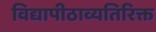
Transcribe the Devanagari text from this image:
विद्यापीठाव्यतिरिक्त